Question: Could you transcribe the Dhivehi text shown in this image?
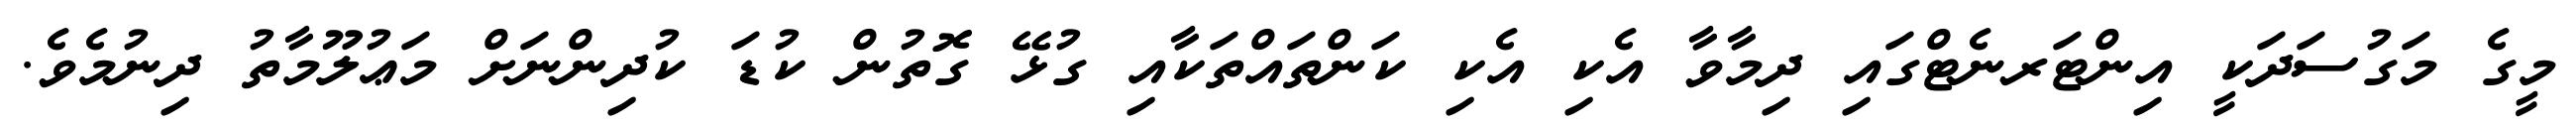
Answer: މީގެ މަގުސަދަކީ އިންޓަރނެޓްގައި ދިމާވާ އެކި އެކި ކަންތައްތަކާއި ގުޅޭ ގޮތުން ކުޑަ ކުދިންނަށް މަޢުލޫމާތު ދިނުމެވެ.